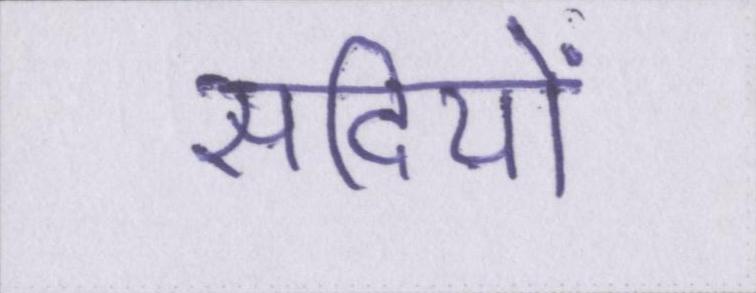
सदियों